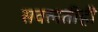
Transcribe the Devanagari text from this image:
सवलतीही